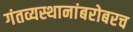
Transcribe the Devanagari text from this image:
गंतव्यस्थानांबरोबरच